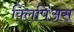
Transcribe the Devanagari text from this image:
क्लिपिअस